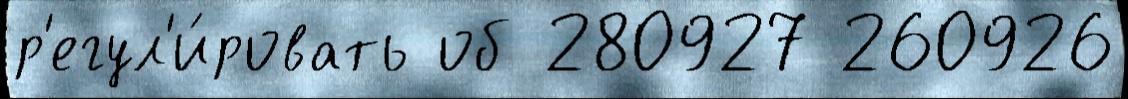
р'егул'и́ровать об 280927 260926